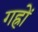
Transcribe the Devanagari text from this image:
गह्रों